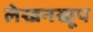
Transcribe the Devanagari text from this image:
लेखनखूप